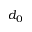
d _ { 0 }